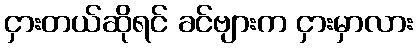
ငှားတယ်ဆိုရင် ခင်ဗျားက ငှားမှာလား